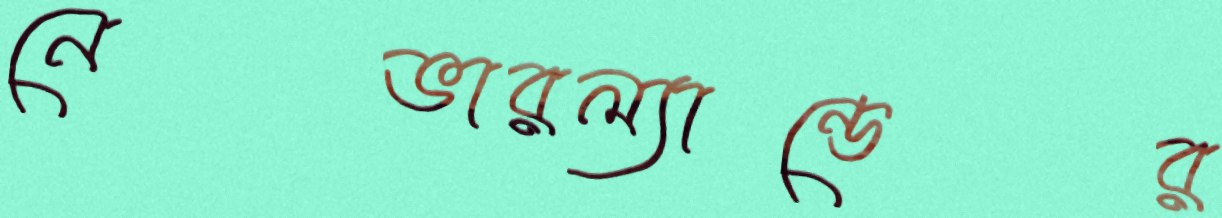
নেভারল্যান্ডের